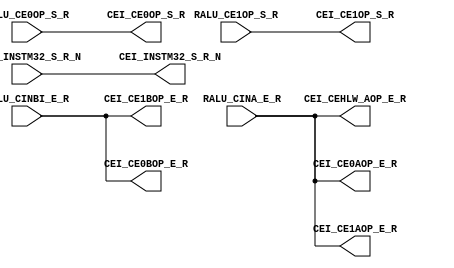
module ce_buf
(


RALU_CINA_E_R,
RALU_CINBI_E_R,

RALU_CE0OP_S_R,
RALU_CE1OP_S_R,
RALU_INSTM32_S_R_N,

CEI_CE0AOP_E_R,
CEI_CE0BOP_E_R,
CEI_CE1AOP_E_R,
CEI_CE1BOP_E_R,
CEI_CEHLW_AOP_E_R,

CEI_CE0OP_S_R,
CEI_CE1OP_S_R,
CEI_INSTM32_S_R_N
);

input [31:0] RALU_CINA_E_R;
input [31:0] RALU_CINBI_E_R;

output [31:0] CEI_CE0AOP_E_R;
output [31:0] CEI_CE0BOP_E_R;

output [31:0] CEI_CE1AOP_E_R;
output [31:0] CEI_CE1BOP_E_R;

output [31:0] CEI_CEHLW_AOP_E_R;

input [11:0] RALU_CE1OP_S_R;
input [11:0] RALU_CE0OP_S_R;
input RALU_INSTM32_S_R_N;

output [11:0] CEI_CE1OP_S_R;
output [11:0] CEI_CE0OP_S_R;
output CEI_INSTM32_S_R_N;



assign CEI_CE0AOP_E_R = RALU_CINA_E_R;
assign CEI_CE1AOP_E_R = RALU_CINA_E_R;
assign CEI_CEHLW_AOP_E_R = RALU_CINA_E_R;

assign CEI_CE0BOP_E_R = RALU_CINBI_E_R;
assign CEI_CE1BOP_E_R = RALU_CINBI_E_R;

assign CEI_CE0OP_S_R = RALU_CE0OP_S_R;
assign CEI_CE1OP_S_R = RALU_CE1OP_S_R;
assign CEI_INSTM32_S_R_N = RALU_INSTM32_S_R_N;



endmodule